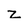
Character: z